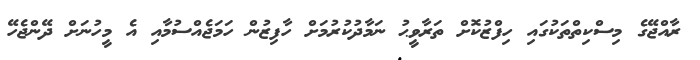
ރާއްޖޭގެ މިސްކިތްތަކުގައި ހިފްޒުކޮށް ތަރާވީޙު ނަމާދުކުރުމަށް ހާފިޒުން ހަމަޖެއްސުމާއި އެ މީހުނަށް ދޭންޖެހޭ